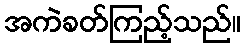
အကဲခတ်ကြည့်သည်။